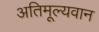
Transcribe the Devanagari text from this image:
अतिमूल्यवान